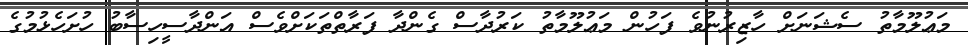
މަޢުލޫމާތު ސެޝަނަށް ހާޒިރުނުވެ ފަހުން މަޢުލޫމާތު ކަރުދާސް ގެންދާ ފަރާތްތަކަށްވެސް އަންދާސީހިސާބު ހުށަހެޅުމުގެ